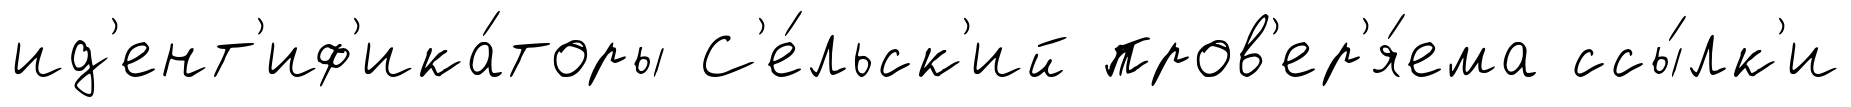
ид'ент'иф'ика́торы С'е́льск'ий пров'ер'я́ема ссы́лк'и